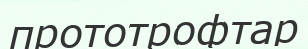
прототрофтар